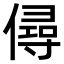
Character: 𠎅